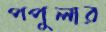
পপুলার